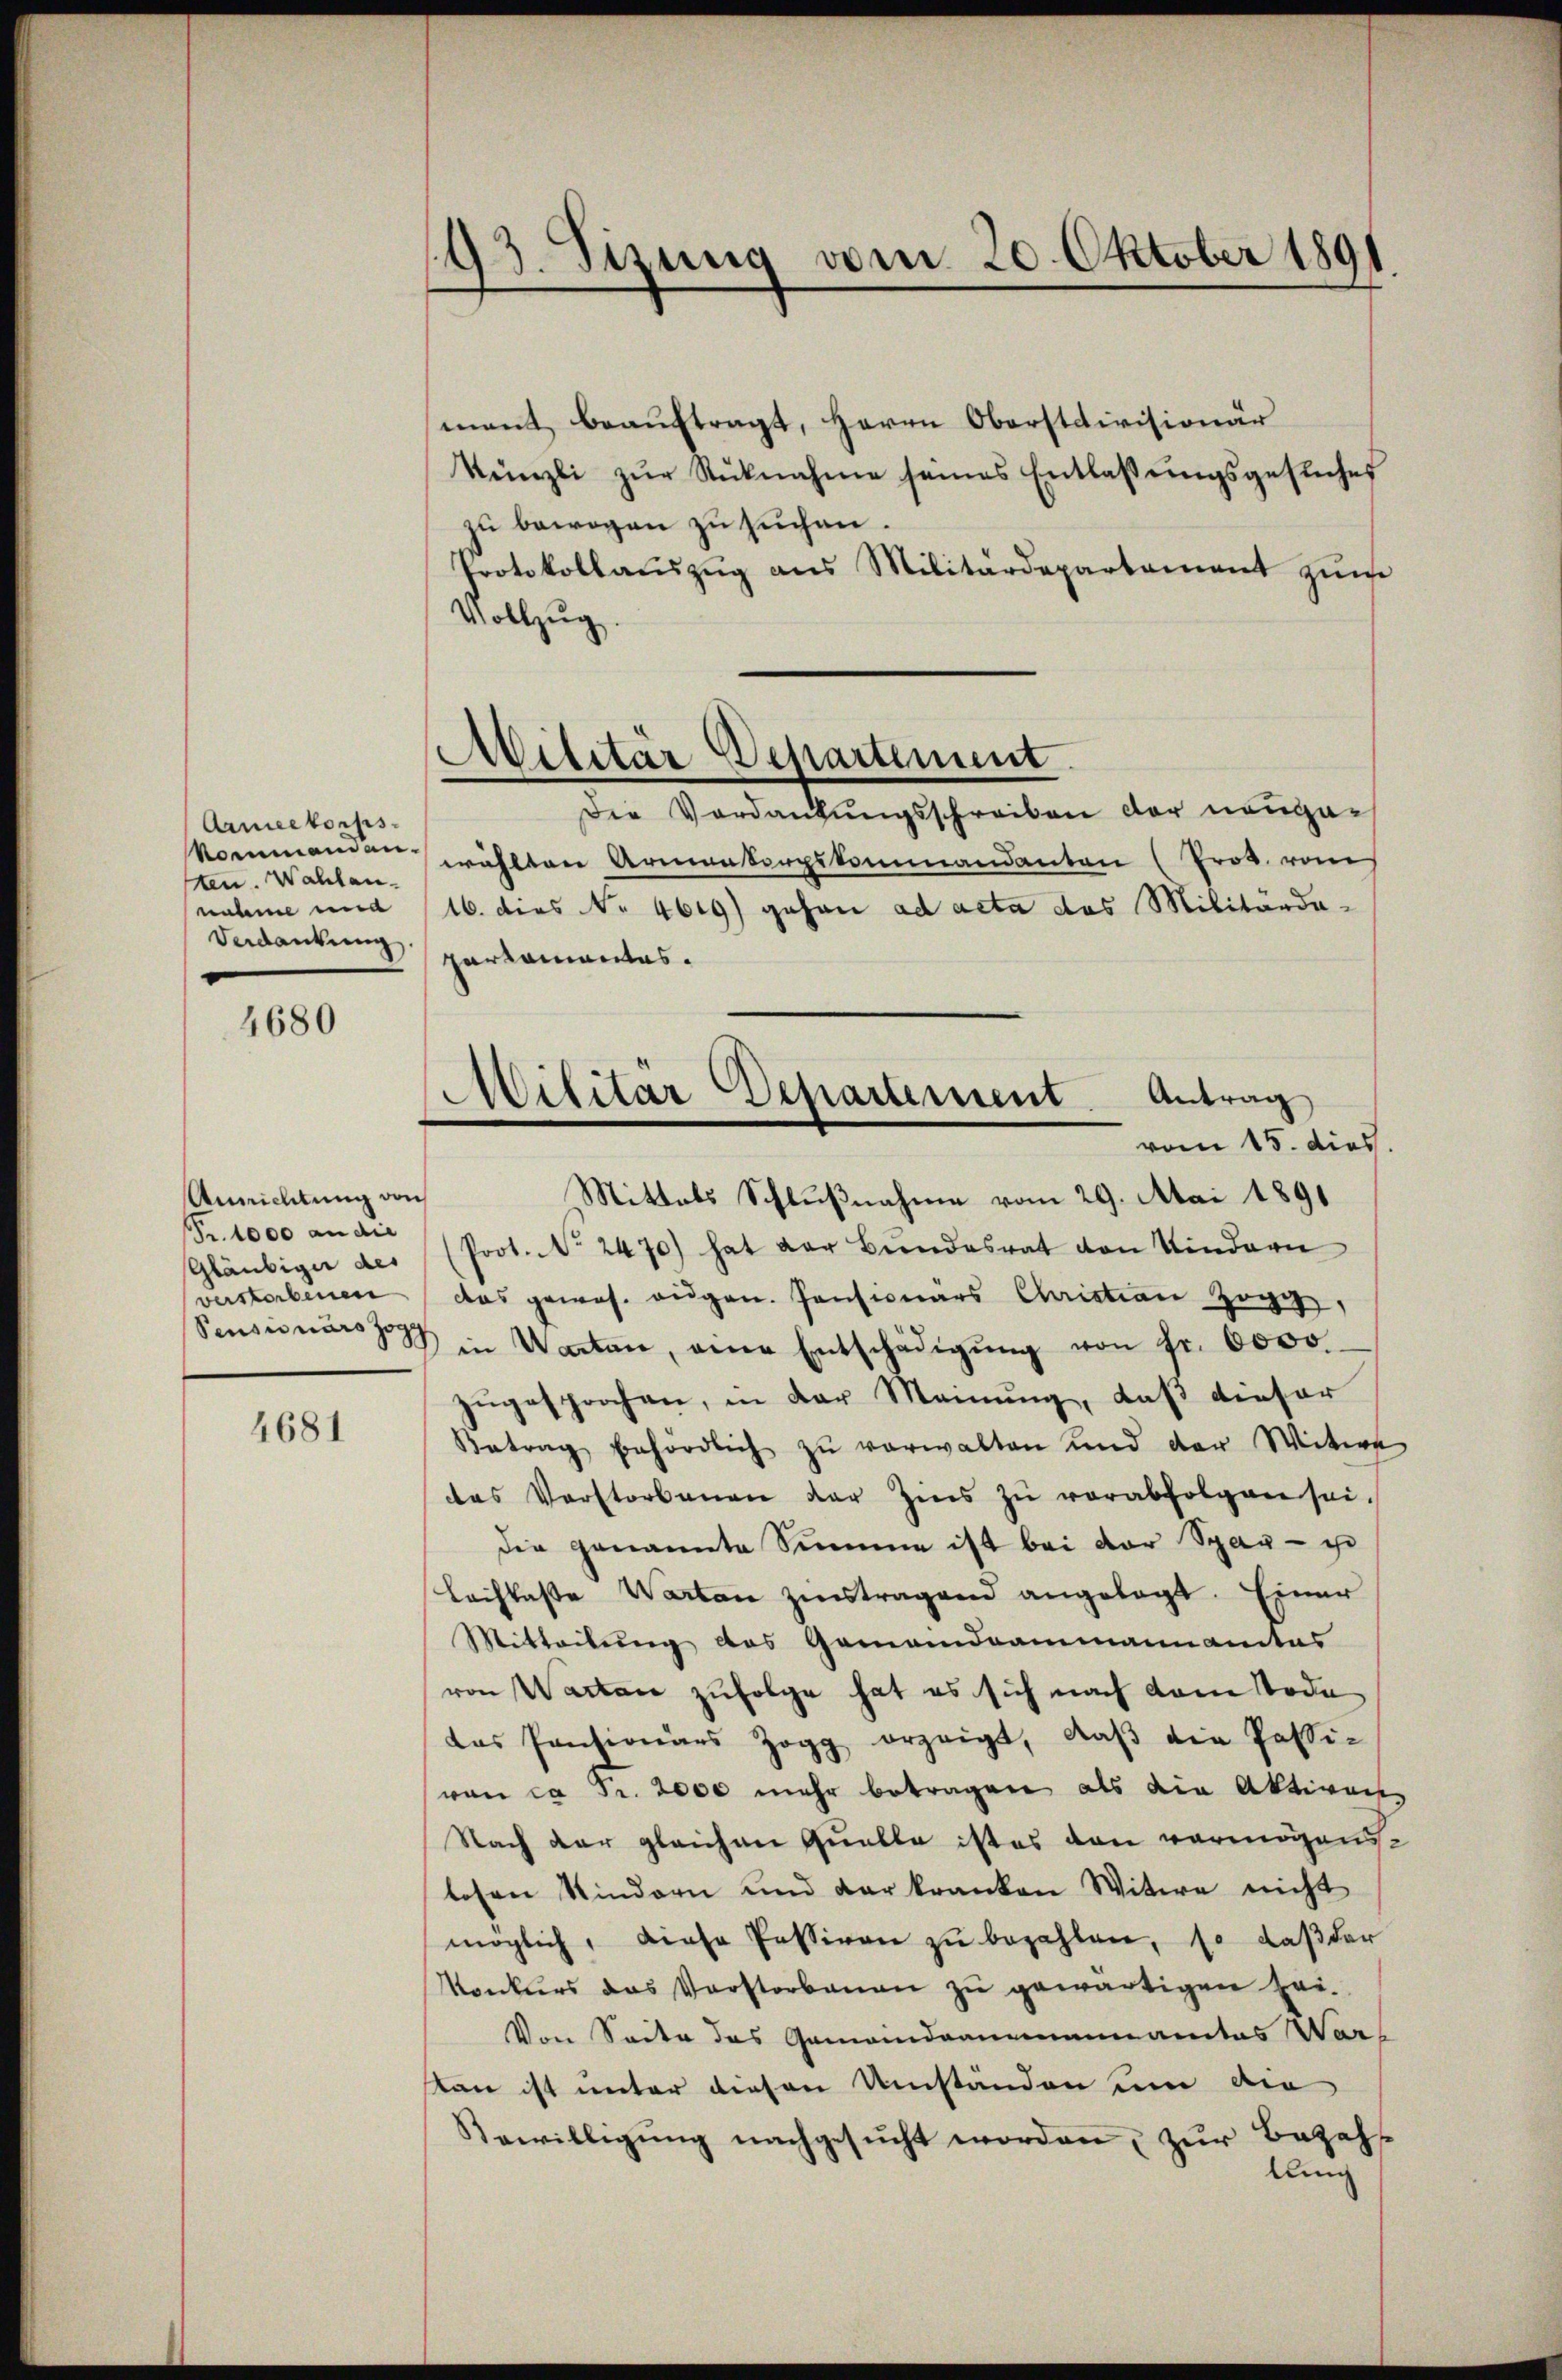
Armeekorps.
sten. Wahlan
nahme un
Verdankung.

4680

Annichtung von
Fr. 1000 an die
Gläubiger des
verstorbenen

4681

193. Sizung vom 20. Oktober 1891

mant beauftragt, Herrn Oberstcivisionär
Künzli zŭr Rücknahme seines Entlassŭngsgesuches
zu bewogen zu suchen.
Protokollaŭszŭg ans Militärdepartement zŭm
Vollzug
Die Verdankungsschreiben der neuge¬
Nommandau wählten Armenkorpskommandanten (Prot. vom
16. dies No 4619) gehen ad acta das Militardaparkomantes.
vom 15. dies
Mittels Schlußnahme vom 29. Mai 1891
(Prot. No 2470) hat der Bŭndesrat von Kindern
das gewos. augen. Pensionars Christian Zögg,
Sensionars in Warten, eine Entschädigŭng von fr. 6000
zugesprochen, in der Meinung, daß dieser
Betrag behördlich zŭ verwalten und der Witwe
das Verstorbenen der Zins zŭ verabfolgen sei.
die genannte Summen ist bei der Spag - i
Lachlasse Warten zinstragend angelegt. Einer
Mitteilung des Gemeindeammannamtes
von Wartare zufolge hat es sich nach dem Tode
das Pensionärs zog erzeigt, daβ die Passi-
von ca Fr. 2000 mehr betragen als die Aktiven
Nach der gleichen Quelle ist es den vermögens
losen Kindern und der kranken Witwe nicht
möglich, diese Fessiven zŭ bezahlen, so daß der
Konkurs das Verstorbenen zu gewärtigen sei.
Von Seite des Gemeindammannamtes War-
stan ist unter diesen Umstanden um die
Bewilligŭng nachgesŭcht worden, zŭr Bezahl
klung

Militär Departement

Militär Departement. Antrag